Vaccination in the Punjab 1867-1880 - 1867-1880
Year: 1867
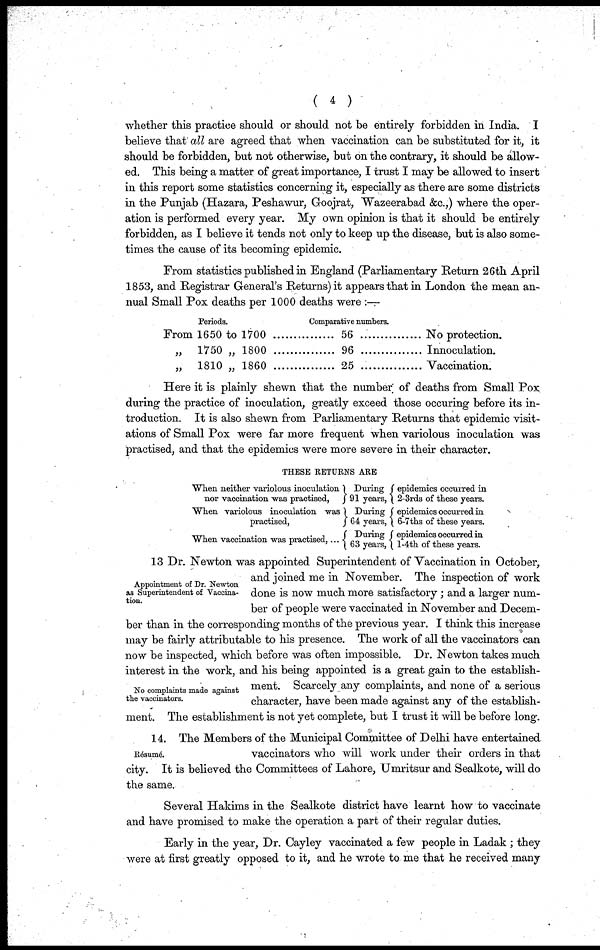
( 4 )
whether this practice should or should not be entirely forbidden in India. I
believe that all are agreed that when vaccination can be substituted for it, it
should be forbidden, but not otherwise, but on the contrary, it should be allow-
ed. This being a matter of great importance, I trust I may be allowed to insert
in this report some statistics concerning it, especially as there are some districts
in the Punjab (Hazara, Peshawur, Goojrat, Wazeerabad &c.,) where the oper-
ation is performed every year. My own opinion is that it should be entirely
forbidden, as I believe it tends not only to keep up the disease, but is also some-
times the cause of its becoming epidemic.
From statistics published in England (Parliamentary Return 26th April
1853, and Registrar General's Returns) it appears that in London the mean an-
nual Small Pox deaths per 1000 deaths were :—
Periods.
From 1650 to 1700
„ 1750 „ 1800
„ 1810 „ 1860
Comparative numbers.
56
96
25
No protection.
Innoculation.
Vaccination.
Here it is plainly shewn that the number of deaths from Small Pox
during the practice of inoculation, greatly exceed those occuring before its in-
troduction. It is also shewn from Parliamentary Returns that epidemic visit-
ations of Small Pox were far more frequent when variolous inoculation was
practised, and that the epidemics were more severe in their character.
THESE RETURNS ARE
When neither variolous inoculation
nor vaccination was practised,
"When variolous inoculation was
practised,
When vaccination was practised, ...
}
}
{
During
91 years,
During
64 years,
During
63 years,
{
{
{
epidemics occurred in
2-3rds of these years.
epidemics occurred in
6-7ths of these years.
epidemics occurred in
1-4th of these years.
Appointment of Dr. Newton
as Superintendent of Vaccina-
tion.
No complaints made against
the vaccinators.
13 Dr. Newton was appointed Superintendent of Vaccination in October,
and joined me in November. The inspection of work
done is now much more satisfactory; and a larger num-
ber of people were vaccinated in November and Decem-
ber than in the corresponding months of the previous year. I think this increase
may be fairly attributable to his presence. The work of all the vaccinators can
now be inspected, which before was often impossible. Dr. Newton takes much
interest in the work, and his being appointed is a great gain to the establish-
ment. Scarcely any complaints, and none of a serious
character, have been made against any of the establish-
ment. The establishment is not yet complete, but I trust it will be before long.
Résumé.
14. The Members of the Municipal Committee of Delhi have entertained
vaccinators who will work under their orders in that
city. It is believed the Committees of Lahore, Umritsur and Sealkote, will do
the same.
Several Hakims in the Sealkote district have learnt how to vaccinate
and have promised to make the operation a part of their regular duties.
Early in the year, Dr. Cayley vaccinated a few people in Ladak; they
were at first greatly opposed to it, and he wrote to me that he received many